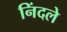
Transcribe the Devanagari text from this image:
निंदले